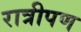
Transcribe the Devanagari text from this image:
रात्रीपण